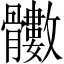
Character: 𩪵